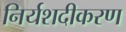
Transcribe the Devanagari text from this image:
निर्यशदीकरण